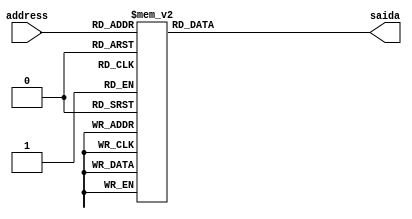
module seq_01 //SEQ2
#(parameter SIZE = 4)
(
	address,
	saida
);

input wire [SIZE-1:0] address;
output reg [SIZE-1:0] saida;

always @(address) begin
        case (address)
				4'b0000: saida = 4'b0001;
				4'b0001: saida = 4'b0100;
				4'b0010: saida = 4'b0001;
				4'b0011: saida = 4'b1000;
				4'b0100: saida = 4'b0010;
				4'b0101: saida = 4'b0001;
				4'b0110: saida = 4'b1000;
				4'b0111: saida = 4'b0100;
				4'b1000: saida = 4'b0001;
				4'b1001: saida = 4'b0010;
				4'b1010: saida = 4'b0001;
				4'b1011: saida = 4'b1000;
				4'b1100: saida = 4'b0100;
				4'b1101: saida = 4'b0010;
				4'b1110: saida = 4'b1000;
				4'b1111: saida = 4'b0001;

        endcase
    end
    
endmodule